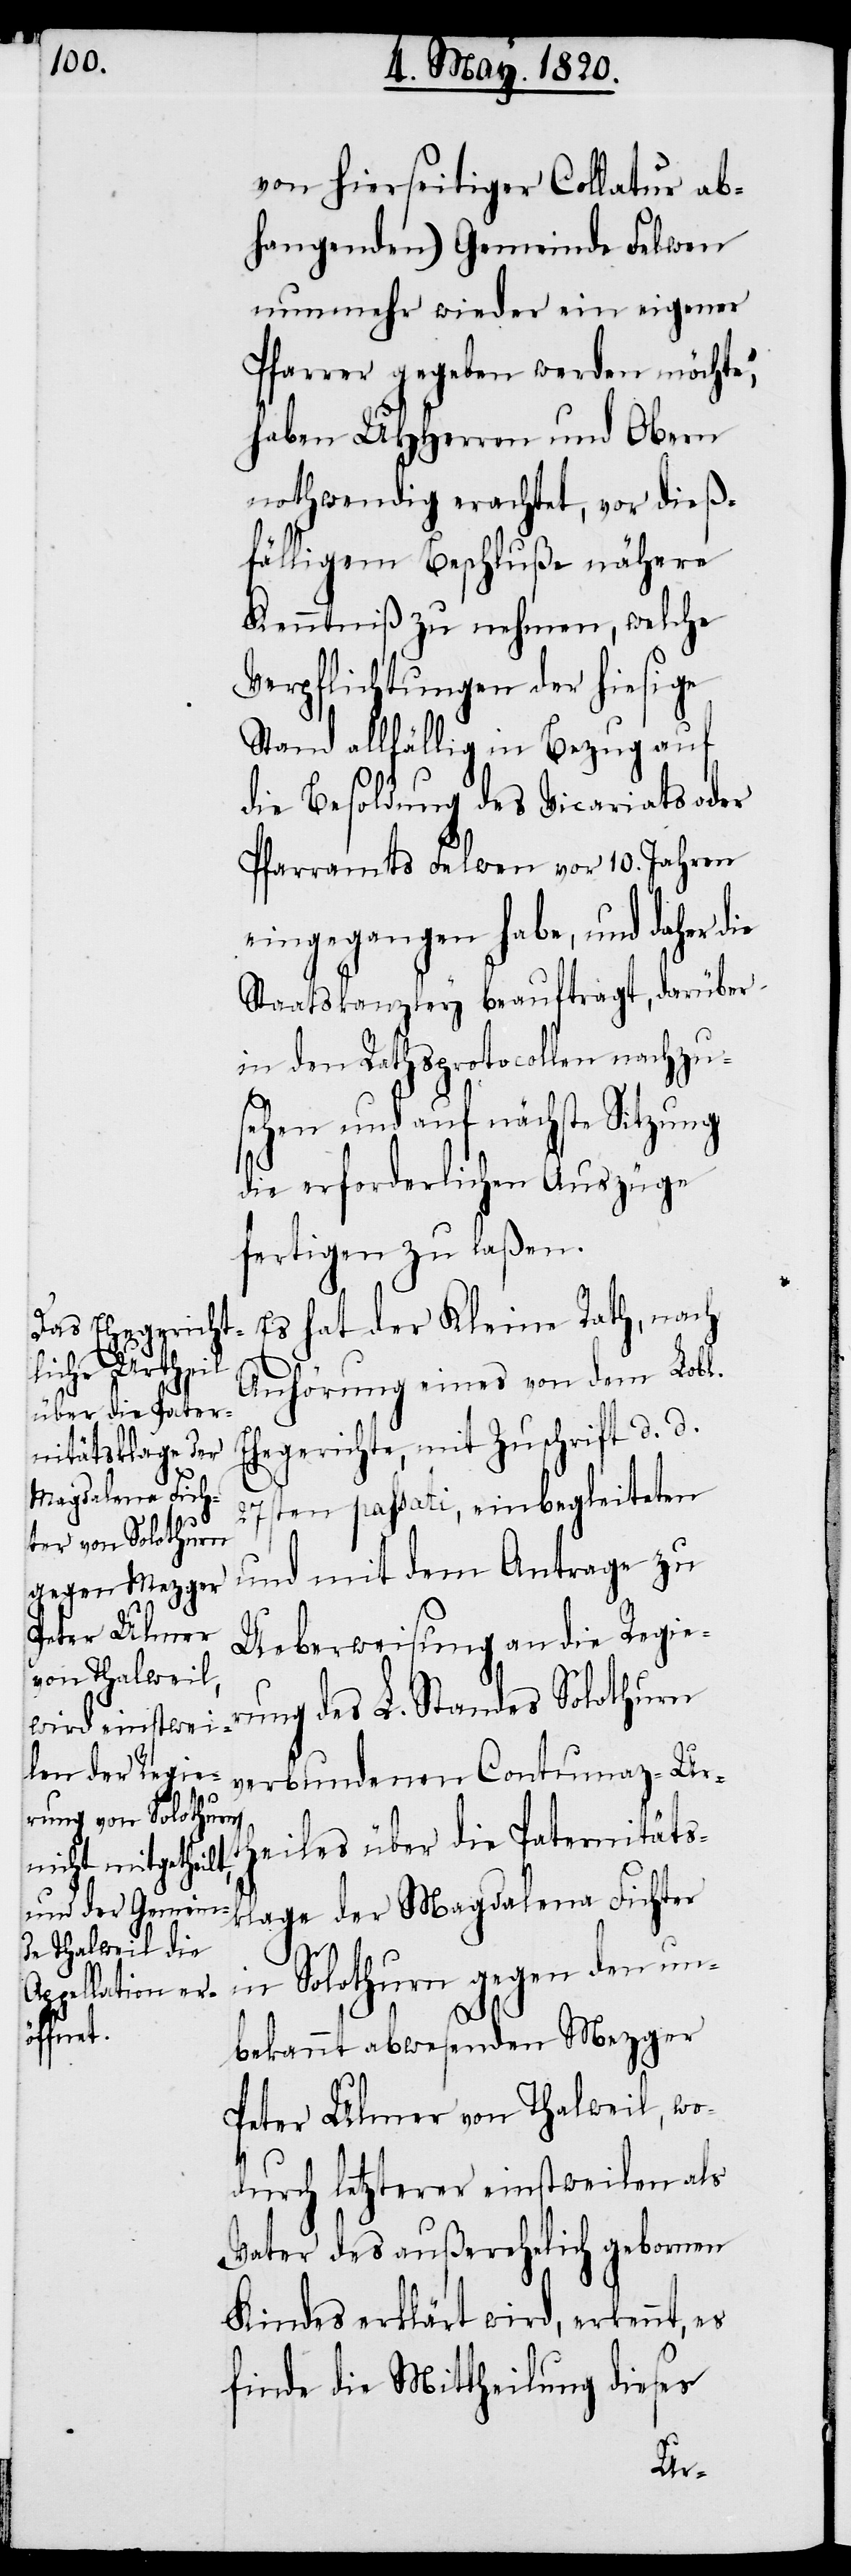
von hierseitiger Collatur ab¬
hangenden) Gemeinde Felwen
nunmehr wieder ein eigener
Pfarrer gegeben werden möchte“,
haben UHHerren und Obern
nothwendig erachtet, vor dieß¬
fälligem Beschluße nähere
Kenntniβ zu nehmen, welche
Verpflichtungen der hiesige
Stand allfällig in Bezug auf
die Besoldung des Vicariats oder
Pfarramts Felwen vor 10. Jahren
eingegangen habe, und daher d¬
Staatskanzley beauftragt, darüber
in den Rathsprotocollen nachzu¬
sehen und auf nächste Sitzung
die erforderlichen Auszüge
fertigen zu laßen.
Es hat der Kleine Rath, nach
Ehegerichte,
Anhörung eines von dem Lobl.
27sten passati, einbegleiteten
d.
und mit dem Antrage zu
Ueberweisung an die Regie¬
rung des L. Standes Solothurn
verbundenen Contumaz-Urth¬
eiles über die Paternitäts¬
klage der Magdalena Lichter
in Solothurn gegen den un¬
bekannt abwesenden Mezger
Peter Ulmer von Thalweil, wo¬
durch letzterer einstweilen als
Vater des außerehelich gebornen
Kindes erklärt wird, erkennt, es
finde die Mittheilung dieses